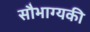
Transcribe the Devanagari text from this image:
सौभाग्यकी